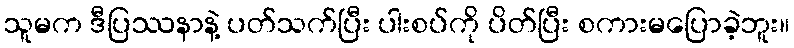
သူမက ဒီပြဿနာနဲ့ ပတ်သက်ပြီး ပါးစပ်ကို ပိတ်ပြီး စကားမပြောခဲ့ဘူး။